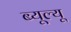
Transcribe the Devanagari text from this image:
ब्यूल्यू